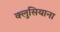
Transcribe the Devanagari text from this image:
क्लुसियाना